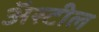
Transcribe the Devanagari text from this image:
अॅस्टील